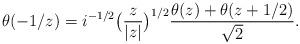
LaTeX: \begin{align*}\theta(-1/z)=i^{-1/2}\big(\frac{z}{|z|}\big)^{1/2} \frac{\theta(z)+ \theta(z+1/2) }{\sqrt{2}}.\end{align*}